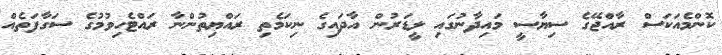
ކޮންމެއަކަސް ރާއްޖޭގެ ސިޔާސީ މައިދާނުގައި ލީޑަރުން އާދައިގެ ނިކަމެތި ރައްޔިތުންނާ ރައްޓެހިވުމުގެ ސަގާފަތެއް